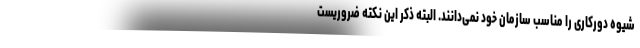
شیوه دورکاری را مناسب سازمان خود نمی‌دانند. البته ذکر این نکته ضروریست